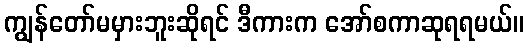
ကျွန်တော်မမှားဘူးဆိုရင် ဒီကားက အော်စကာဆုရရမယ်။